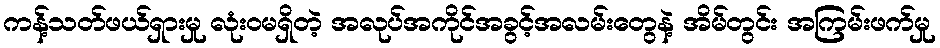
ကန့်သတ်ဖယ်ရှားမှု လုံးဝမရှိတဲ့ အလုပ်အကိုင်အခွင့်အလမ်းတွေနဲ့ အိမ်တွင်း အကြမ်းဖက်မှု